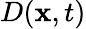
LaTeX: D(\mathbf{x},t)